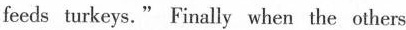
feeds turkeys." Finally when the others